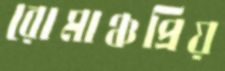
রোমাঞ্চপ্রিয়